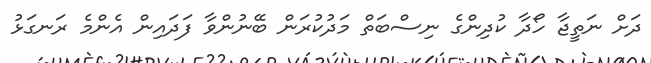
ދަށް ނަތީޖާ ހޯދާ ކުދިންގެ ނިސްބަތް މަދުކުރަން ބޭނުންވާ ފަދައިން އެންމެ ރަނގަޅު